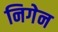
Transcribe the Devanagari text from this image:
निगेन